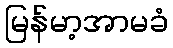
မြန်မာ့အာမခံ